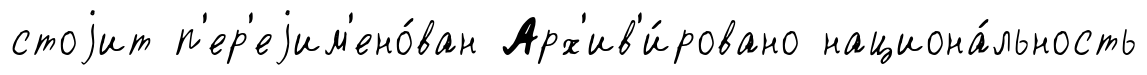
стоjит п'ер'еjим'ено́ван Арх'ив'и́ровано национа́льность